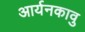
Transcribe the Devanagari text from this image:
आर्यनकावु